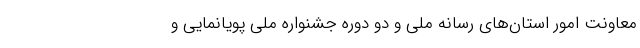
معاونت امور استان‌های رسانه ملی و دو دوره جشنواره ملی پویانمایی و